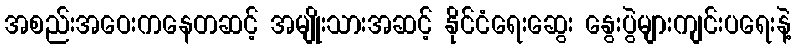
အစည်းအဝေးကနေတဆင့် အမျိုးသားအဆင့် နိုင်ငံရေးဆွေး နွေးပွဲများကျင်းပရေးနဲ့